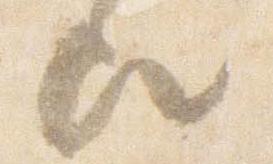
歟